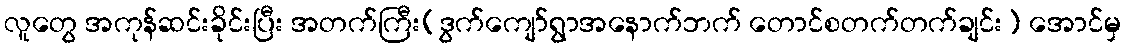
လူတွေ အကုန်ဆင်းခိုင်းပြီး အတက်ကြီး(ဒွက်ကျော်ရွာအနောက်ဘက် တောင်စတက်တက်ချင်း) အောင်မှ